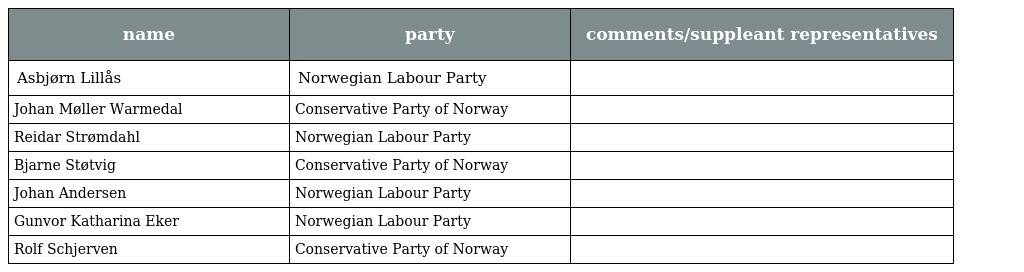
| name | party | comments/suppleant representatives |
 | --- | --- | --- |
 | Asbjørn Lillås | Norwegian Labour Party |  |
 | Johan Møller Warmedal | Conservative Party of Norway |  |
 | Reidar Strømdahl | Norwegian Labour Party |  |
 | Bjarne Støtvig | Conservative Party of Norway |  |
 | Johan Andersen | Norwegian Labour Party |  |
 | Gunvor Katharina Eker | Norwegian Labour Party |  |
 | Rolf Schjerven | Conservative Party of Norway |  |